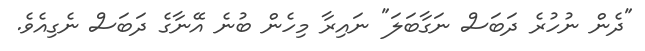
"ދެން ނުހުރެ ދަބަސް ނަގާބަލަ" ނައިރާ މިހެން ބުނެ އޭނާގެ ދަބަސް ނެގިއެވެ.